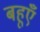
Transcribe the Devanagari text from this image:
बहूएँ